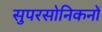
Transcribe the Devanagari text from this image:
सुपरसोनिकनों